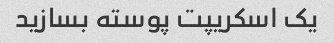
یک اسکریپت پوسته بسازید